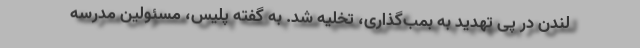
لندن در پی تهدید به بمب‌گذاری، تخلیه شد. به گفته پلیس، مسئولین مدرسه